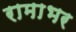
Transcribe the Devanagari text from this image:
रामाभर